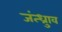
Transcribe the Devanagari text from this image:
जंत्ध्रुाव